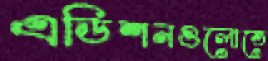
এডিশনগুলোতে